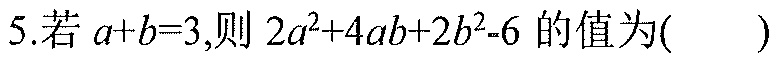
5.若\(a + b = 3\)，则\(2a^{2}+4ab + 2b^{2}-6\)的值为( )